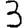
Digit: 3